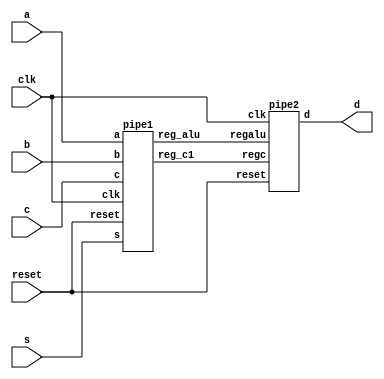
`timescale 1ns/1ns
module hw2_pipe (input [7:0] a, b, c, input s, reset, clk, output [15:0] d);
    wire [7:0] c1, alu;
    pipe1 p1 (a, b, c, s, reset, clk, c1, alu);
    pipe2 p2 (c1, alu, reset, clk, d);
endmodule

module pipe1 (a, b, c, s, reset, clk, reg_c1, reg_alu);//(input [7:0] a, b, c, input s, reset, clk, output [7:0] reg_c1, reg_alu);
    input [7:0] a, b, c;
    input s, reset, clk;
    output [7:0] reg_c1, reg_alu;
    
    reg [7:0] reg_c1, reg_alu;
    wire [7:0] w1, w2;

    assign w1 = s ? (a + b) : (a - b);
    assign w2 = c;

    always @ (posedge clk or posedge reset)
        begin
            if (reset) begin
                reg_alu <= 0;
                reg_c1 <= 0;
            end
            else begin
                reg_alu <= w1;
                reg_c1 <= w2;
            end
        end
endmodule

module pipe2 (input [7:0] regc, regalu, input reset, clk, output [15:0] d);
    reg [15:0] reg_out;
    wire [15:0] mul;

    assign mul = regc * regalu;
    assign d = reg_out;

    always @ (posedge clk or posedge reset)
        begin
            if (reset) begin
                reg_out <= 0;
            end
            else begin
                reg_out <= mul;
            end
        end
endmodule